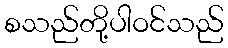
စသည်တို့ပါဝင်သည်